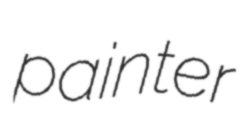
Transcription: painter